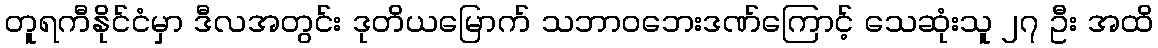
တူရကီနိုင်ငံမှာ ဒီလအတွင်း ဒုတိယမြောက် သဘာဝဘေးဒဏ်ကြောင့် သေဆုံးသူ ၂၇ ဦး အထိ